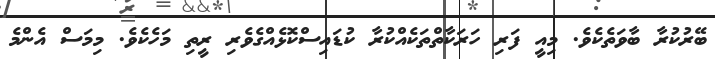
ބޭރުކުރާ ބާވަތެކެވެ. މިއީ ފަރި ހަރަކާތްތަކެއްކުރާ ކުޑައިސްކޮޅެއްގެވެރި ރީތި މަހެކެވެ. މިމަސް އެންމެ